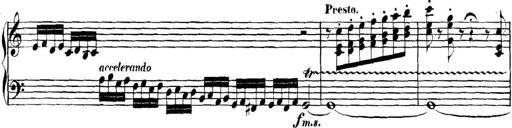
Title: Collected Piano Sonatas
Composer: Muzio Clementi